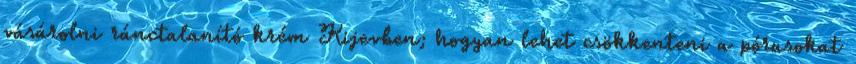
vásárolni ránctalanító krém Kijevben; hogyan lehet csökkenteni a pórusokat